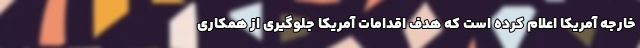
خارجه آمریکا اعلام کرده است که هدف اقدامات آمریکا جلوگیری از همکاری